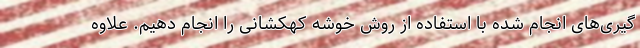
گیری‌های انجام شده با استفاده از روش خوشه کهکشانی را انجام دهیم. علاوه